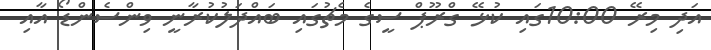
އަދި މިރޭ 10:00ގައި ކުޅޭ ގްރޫޕް ސީގެ މެޗުގައި ބައްދަލުކުރާނީ ވިންސެންޑޯ އާއި